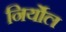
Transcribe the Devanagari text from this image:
निर्योल